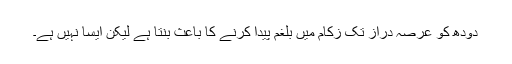
دودھ کو عرصہ دراز تک زکام میں بلغم پیدا کرنے کا باعث بنتا ہے لیکن ایسا نہیں ہے۔